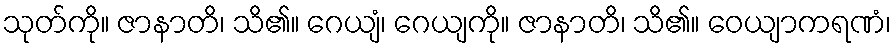
သုတ်ကို။ ဇာနာတိ၊ သိ၏။ ဂေယျံ၊ ဂေယျကို။ ဇာနာတိ၊ သိ၏။ ဝေယျာကရဏံ၊